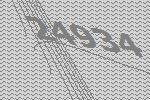
24934